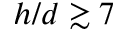
h / d \gtrsim 7